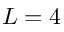
L = 4